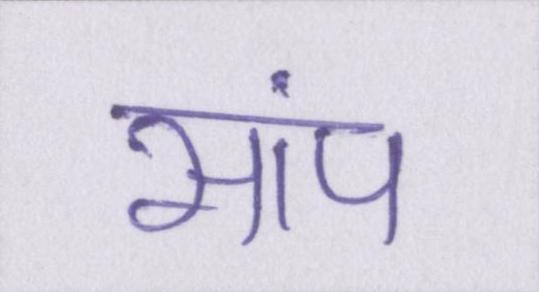
सांप